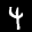
Label: 4